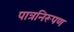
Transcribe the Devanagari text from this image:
पात्रनिरूपण